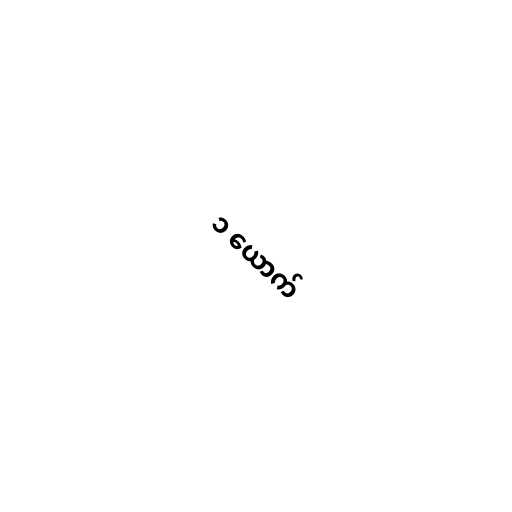
၁ ယောက်